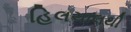
હિલચાલથી